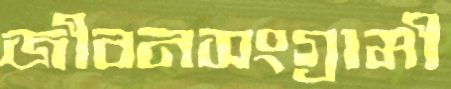
জীবনসংগ্রামী